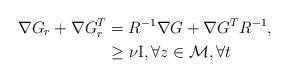
LaTeX: \begin{align*} \nabla {G}_r+\nabla {G}^T_r&=R^{-1}\nabla G+\nabla G^TR^{-1},\\ &\geq \nu \mathrm{I},\forall z \in \mathcal{M},\forall t \end{align*}